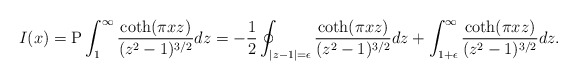
\begin{align*}I(x) = {\rm P}\int_1^\infty \frac{\coth(\pi x z)}{(z^2-1)^{3/2}}dz = - \frac{1}{2} \oint_{|z-1| = \epsilon} \frac{\coth(\pi x z)}{(z^2-1)^{3/2}} dz + \int_{1+\epsilon}^\infty\frac{\coth(\pi x z)}{(z^2-1)^{3/2}}dz.\end{align*}